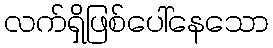
လက်ရှိဖြစ်ပေါ်နေသော